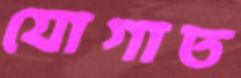
যোগাত